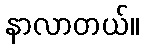
နာလာတယ်။